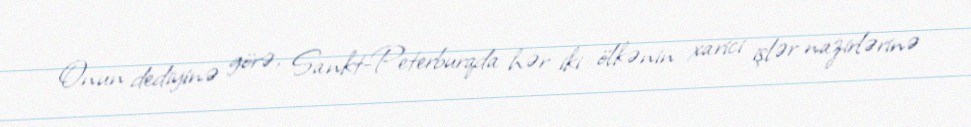
Onun dediyinə görə, Sankt-Peterburqda hər iki ölkənin xarici işlər nazirlərinə